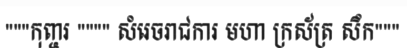
"""កុញ្ចរ """" សំរេចរាជការ មហា ក្រស័ត្រ សឹក"""